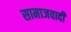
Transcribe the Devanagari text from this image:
सामाजवादी